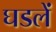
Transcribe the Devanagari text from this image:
घडलें